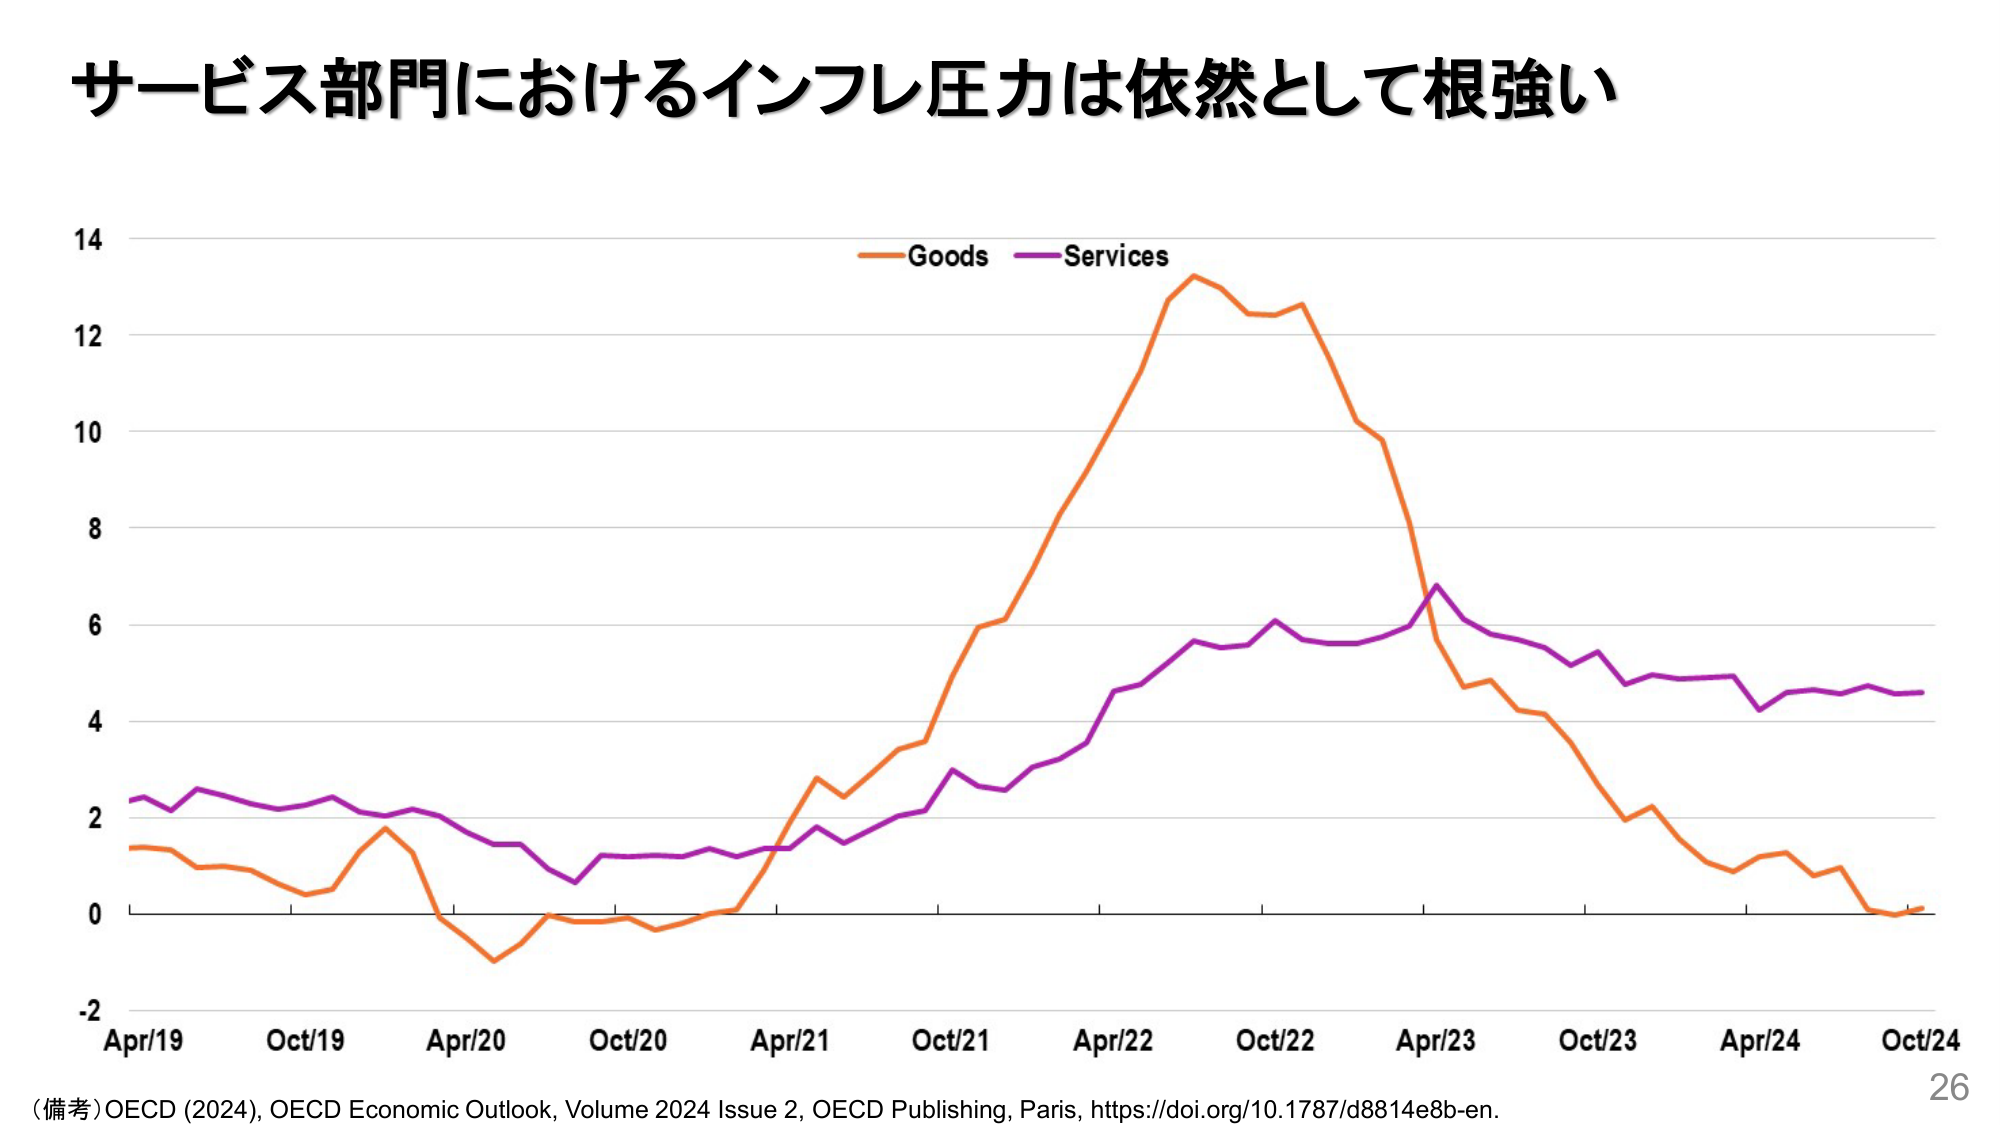
サービス部門におけるインフレ圧力は依然として根強い

14
12
10
8
6
4
2
0
-2

Apr/19    Oct/19    Apr/20    Oct/20    Apr/21    Oct/21    Apr/22    Oct/22    Apr/23    Oct/23    Apr/24    Oct/24

Goods    Services

（備考）OECD (2024), OECD Economic Outlook, Volume 2024 Issue 2, OECD Publishing, Paris, https://doi.org/10.1787/d8814e8b-en.

26